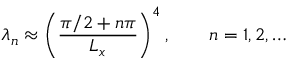
\lambda _ { n } \approx \left( \frac { \pi / 2 + n \pi } { L _ { x } } \right) ^ { 4 } , \qquad n = 1 , 2 , \ldots